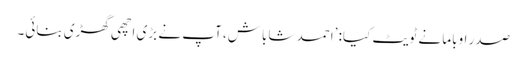
صدر اوباما نے ٹویٹ کیا: ’احمد شاباش، آپ نے بڑی اچھی گھڑی بنائی۔